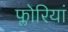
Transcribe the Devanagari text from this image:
फ्लोरियां